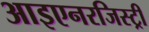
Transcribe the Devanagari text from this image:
आइएनरजिस्ट्री